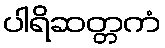
ပါရိဆတ္တကံ